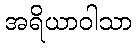
အရိယာဝါသာ